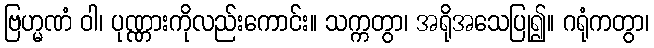
ဗြဟ္မဏံ ဝါ၊ ပုဏ္ဏားကိုလည်းကောင်း။ သက္ကတွာ၊ အရိုအသေပြု၍။ ဂရုံကတွာ၊